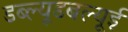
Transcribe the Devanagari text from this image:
डब्ल्यूडबल्यूई